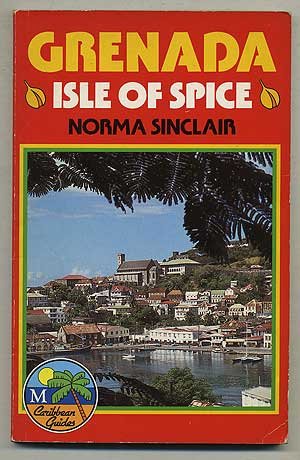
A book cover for Grenada: Isle of Spice (Macmillan Caribbean Guides); Norma Sinclair; Travel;